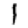
Digit: 1